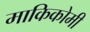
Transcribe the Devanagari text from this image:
माकिकोमी